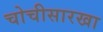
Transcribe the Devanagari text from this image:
चोचीसारखा